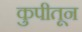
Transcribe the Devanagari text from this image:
कुपीतून